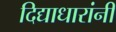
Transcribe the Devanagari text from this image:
दिद्याधारांनी